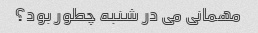
مهمانی می در شنبه چطور بود؟